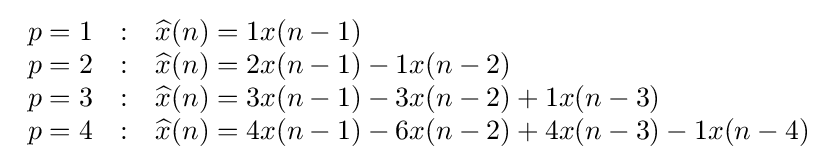
{\begin{array}{lcl}p=1&:&{\widehat {x}}(n)=1x(n-1)\\p=2&:&{\widehat {x}}(n)=2x(n-1)-1x(n-2)\\p=3&:&{\widehat {x}}(n)=3x(n-1)-3x(n-2)+1x(n-3)\\p=4&:&{\widehat {x}}(n)=4x(n-1)-6x(n-2)+4x(n-3)-1x(n-4)\\\end{array}}